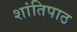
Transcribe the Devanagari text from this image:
शांतिपाठ